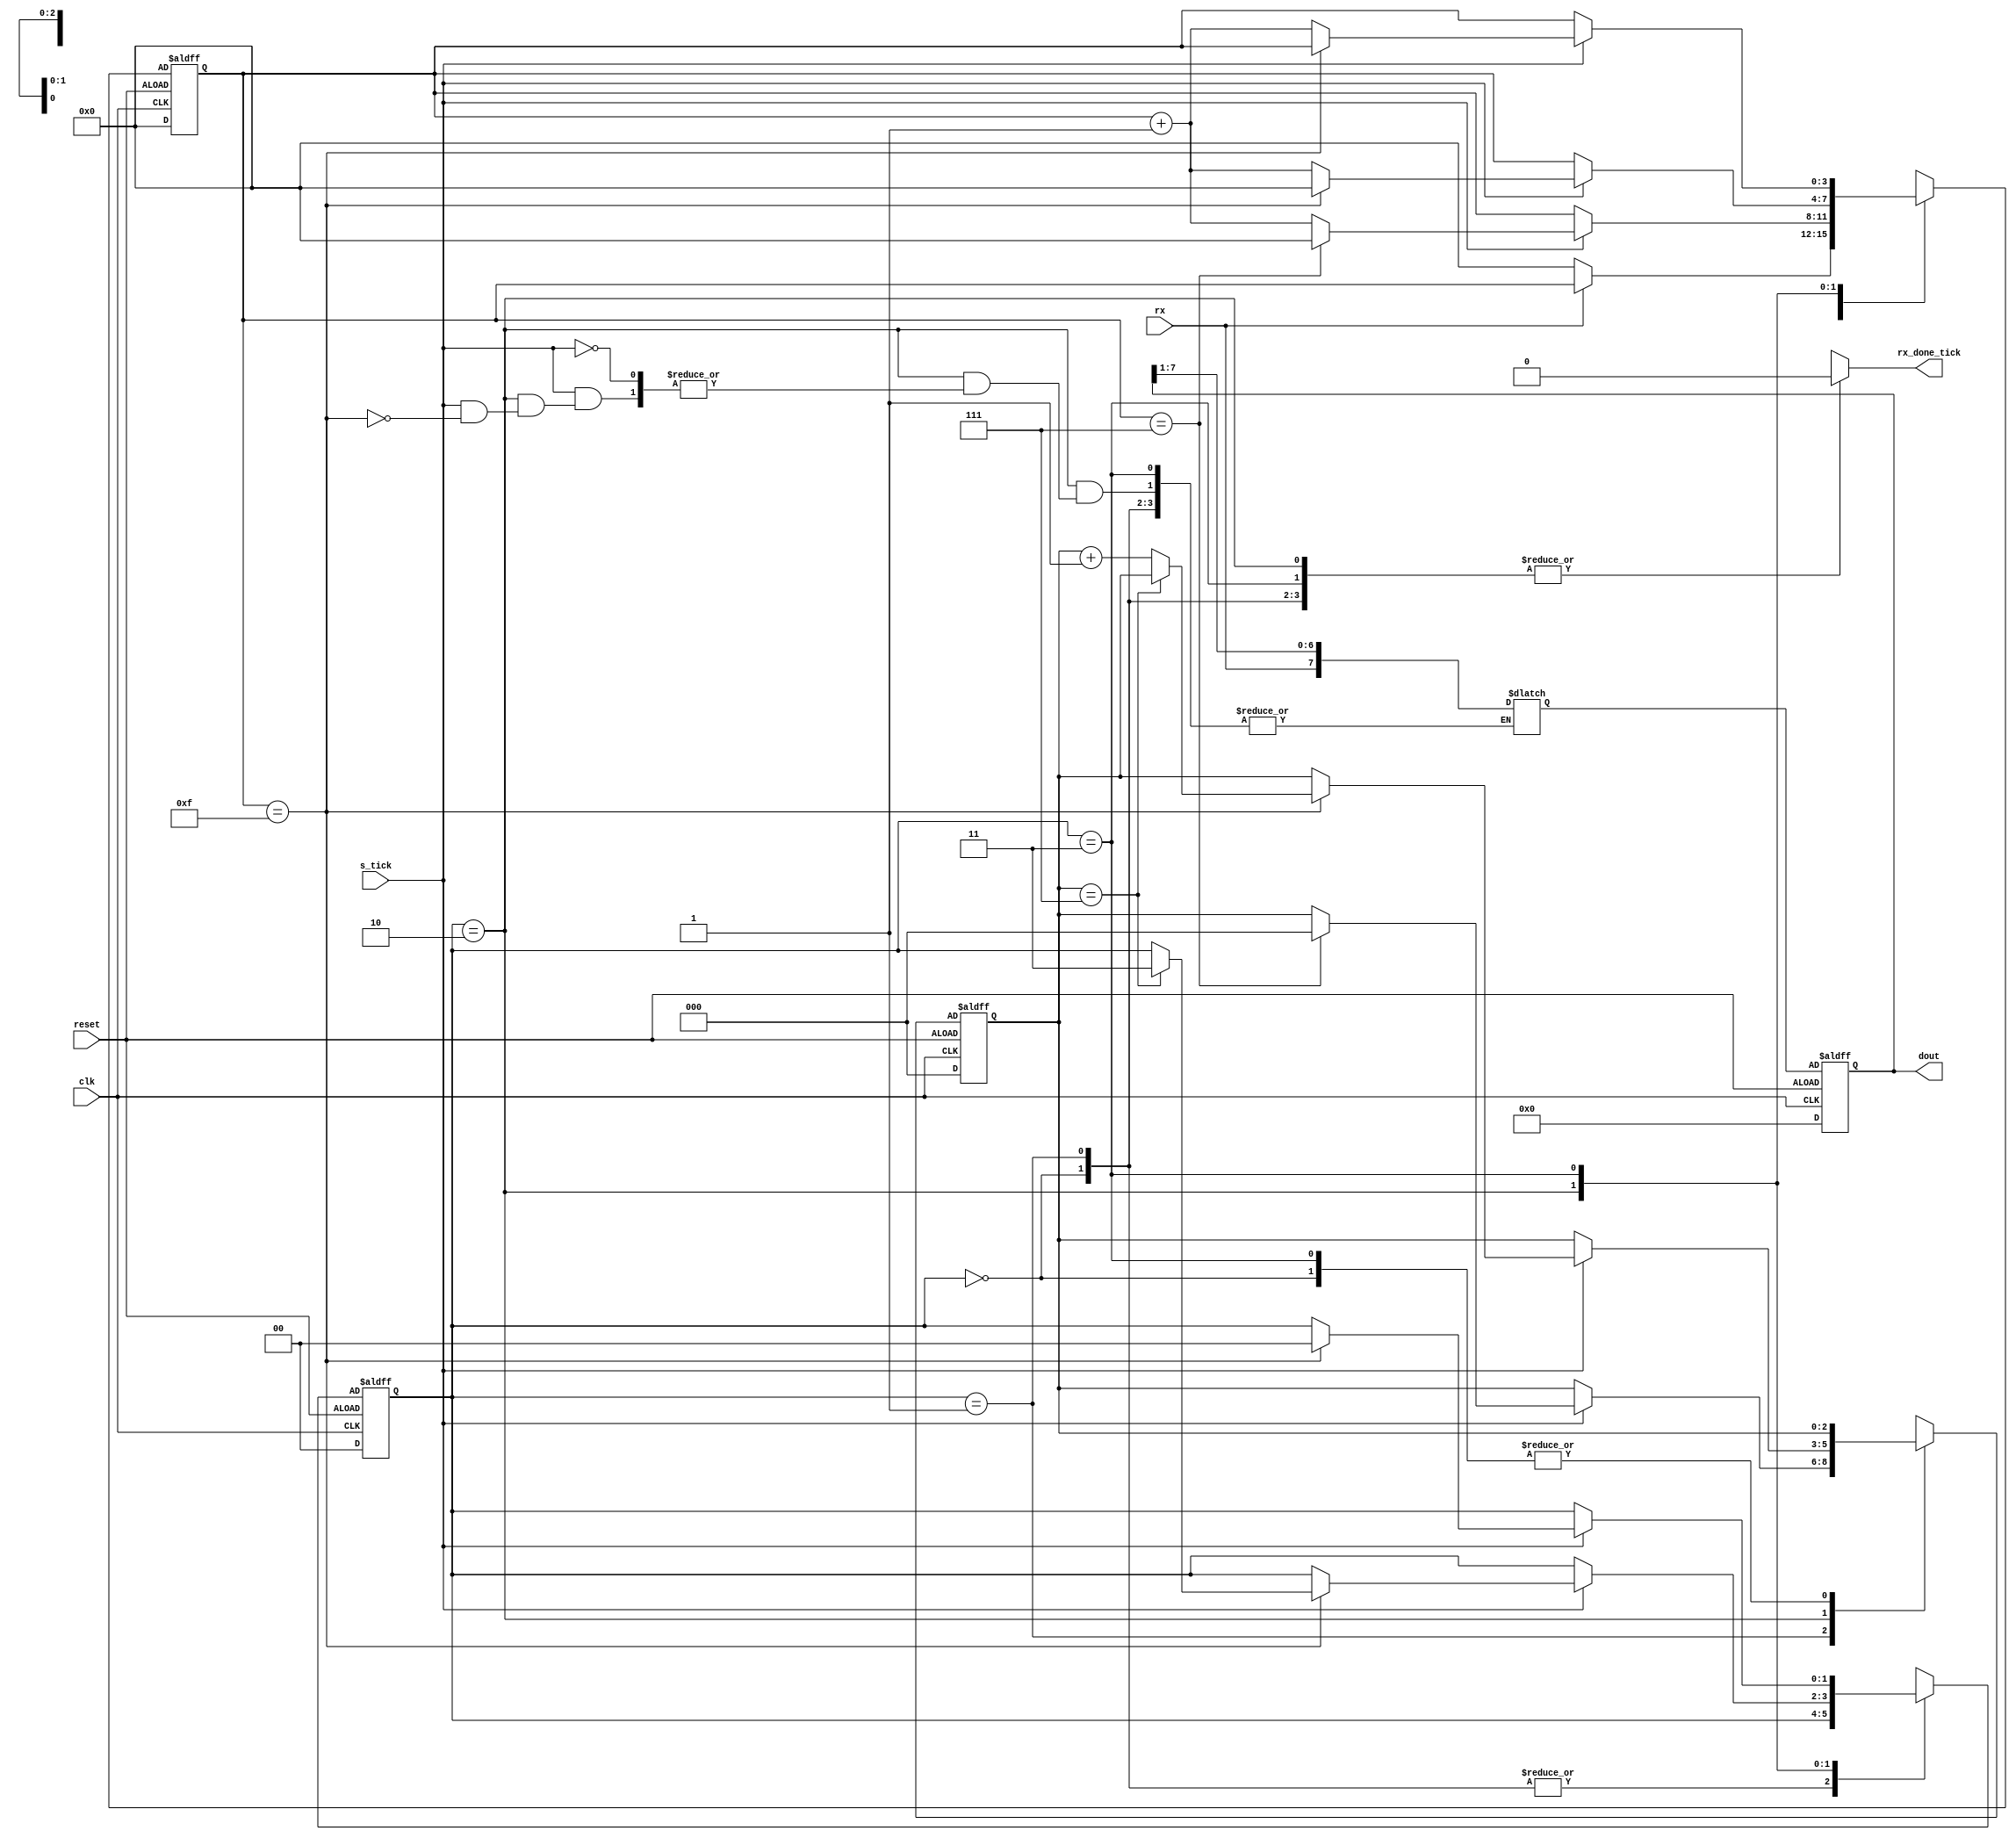
module uart_rx
    #(
        parameter DBIT = 8,
        SB_TICK = 16
    )
    (
        input wire clk, reset,
        input wire rx, s_tick,
        output reg rx_done_tick,
        output wire [7:0] dout
    );
    localparam [1:0]
        idle = 2'b00,
        start = 2'b01,
        data = 2'b10,
        stop = 2'b11;
    reg [1:0] state_reg, state_next;
    reg [3:0] s_reg, s_next;
    reg [2:0] n_reg, n_next;
    reg [7:0] b_reg, b_next;

    always @(posedge clk, negedge reset)
        if (reset)
            begin
              state_reg <= idle;
              s_reg <= 0;
              n_reg <= 0;
              b_reg <= 0;
            end
        else
            begin
              state_reg <= state_next;
              s_reg <= s_next;
              n_reg <= n_next;
              b_reg <= b_next;
            end
    always @(*)
    begin
        state_next = state_reg;
        rx_done_tick = 1'b0;
        s_next = s_reg;
        n_next = n_reg;
        case (state_reg)
            idle:
                if(~rx)
                begin
                    s_next = start;
                    s_next = 0;
                end
            start:
                if(s_tick)
                    if(s_reg==7)
                        begin
                        s_next = data;
                        s_next = 0;
                        n_next = 0; 
                        end
                    else 
                        s_next = s_reg + 1;
            data:
                if(s_tick)
                    if(s_reg==15)
                        begin
                            s_next = 0;
                            b_next = {rx, b_reg[7:1]};
                            if (n_reg==(DBIT-1))
                                state_next = stop;
                            else 
                                n_next = n_reg +1; 
                        end
                    else 
                        s_next = s_reg + 1; 
                stop:
                    if(s_tick)
                        if(s_reg==(SB_TICK-1))
                            begin
                            state_next = idle;
                            rx_done_tick =1'b0; 
                        end
                    else 
                        s_next = s_reg + 1;
        endcase 
    end
        
assign dout = b_reg;

endmodule